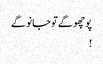
پوچھو گے تو جانو گے
!